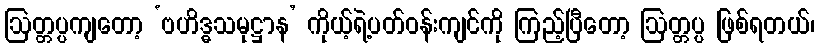
ဩတ္တပ္ပကျတော့ ‘ဗဟိဒ္ဓသမုဋ္ဌာန’ ကိုယ့်ရဲ့ပတ်ဝန်းကျင်ကို ကြည့်ပြီတော့ ဩတ္တပ္ပ ဖြစ်ရတယ်၊